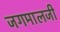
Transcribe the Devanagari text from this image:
जगमालजी